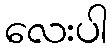
လေးပါ